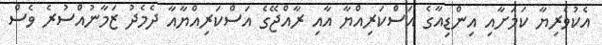
އެކުވެރިޔާ ކަމަށާއި އިންޑިއާގެ އަސްކަރިއްޔާ އާއި ރާއްޖޭގެ އަސްކަރިއްޔާއާ ދެމެދު ޒަމާނުއްސުރެ ވެސް